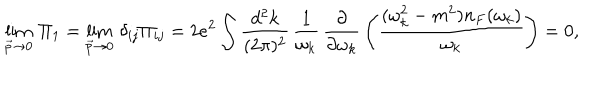
\lim _ { \vec { p } \rightarrow 0 } \, \Pi _ { 1 } = \lim _ { \vec { p } \rightarrow 0 } \, \delta _ { i j } \Pi _ { i j } = 2 e ^ { 2 } \int { \frac { d ^ { 2 } k } { ( 2 \pi ) ^ { 2 } } } \, { \frac { 1 } { \omega _ { k } } } \, { \frac { \partial } { \partial \omega _ { k } } } \left( { \frac { ( \omega _ { k } ^ { 2 } - m ^ { 2 } ) n _ { F } ( \omega _ { k } ) } { \omega _ { k } } } \right) = 0 ,